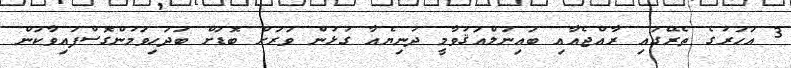
3 އަހަރުގެ ތެރޭގައި ރާއްޖެއާއި ބައިނަލްއަޤުވާމީ ދުނިޔެއާ ގުޅުން ވަރަށް ބޮޑަށް ބަދަހިވަމުންގޮސްފައިވާކަން